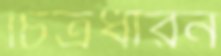
চিত্রধারন